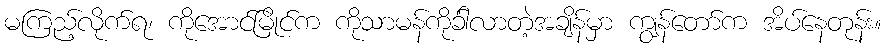
မကြည့်လိုက်ရ၊ ကိုအောင်မြိုင်က ကိုသာမန်ကိုခ်ါလာတဲ့အချိန်မှာ ကျွန်တော်က အိပ်နေတုန်း။